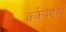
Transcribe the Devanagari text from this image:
कर्कपेशीच